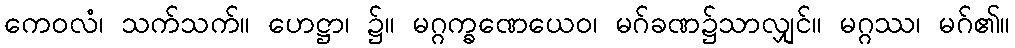
ကေဝလံ၊ သက်သက်။ ဟေဋ္ဌာ၊ ၌။ မဂ္ဂက္ခဏေယေဝ၊ မဂ်ခဏ၌သာလျှင်။ မဂ္ဂဿ၊ မဂ်၏။